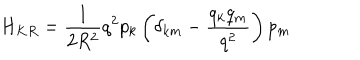
LaTeX: H _ { K R } = \frac { 1 } { 2 R ^ { 2 } } q ^ { 2 } p _ { k } \left( \delta _ { k m } - \frac { q _ { k } q _ { m } } { q ^ { 2 } } \right) p _ { m }